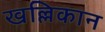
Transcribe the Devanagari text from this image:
खल्लिकान